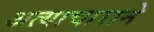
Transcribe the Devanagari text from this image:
अत्याचाराने